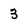
Character: 3